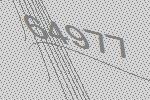
64977